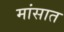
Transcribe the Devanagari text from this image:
मांसात